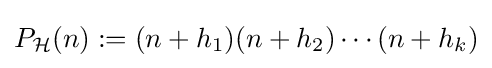
P_{\mathcal {H}}(n):=(n+h_{1})(n+h_{2})\cdots (n+h_{k})